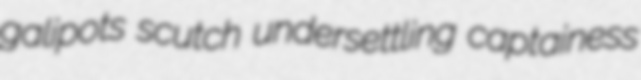
galipots scutch undersettling captainess